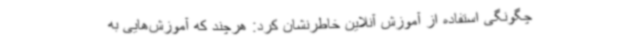
چگونگی استفاده از آموزش آنلاین خاطرنشان کرد: هرچند که آموزش‌هایی به